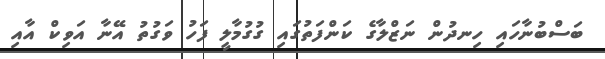
ބަސްބުނާހައި ހިނދުން ނަޒްލާގެ ކަންފަތުގައި ގުގުމާލީ ފަހު ވަގުތު އޭނާ އަވިކް އާއި